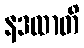
နဒထာတိ